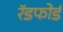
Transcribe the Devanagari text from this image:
रॅडफोर्ड